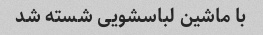
با ماشین لباسشویی شسته شد